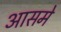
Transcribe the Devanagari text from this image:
आसमे